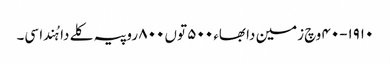
١٩١٠-٤٠ وچ زمین دا بھاء ٥٠٠ توں ٨٠٠ روپیہ کلے دا ہُندا سی۔